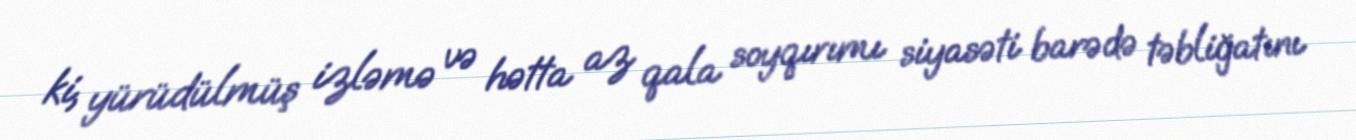
ki, yürüdülmüş izləmə və hətta az qala soyqırımı siyasəti barədə təbliğatını